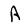
Character: A